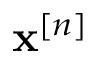
\mathbf { x } ^ { [ n ] }